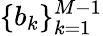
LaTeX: \{ b_{k}\} _{k=1}^{M-1}